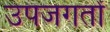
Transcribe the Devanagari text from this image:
उपजगतों